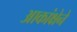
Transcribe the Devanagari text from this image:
आकांक्षेने